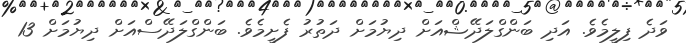
ވަދެ ފިލީމެވެ. އަދި ބަންގްލަދޭޝްއަށް ދިޔުމަށް ދަތުރު ފެށީމެވެ. ބަންގްލަދޭސްއަށް ދިޔުމަށް 13